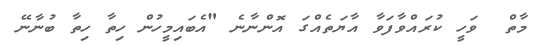
މާތް  ވަހީ ކުރައްވާފަވާ އާޔަތެއްގަ އޮންނާނެ "އެބައިމީހުން ހިތާ ހިތާ ބުނާނޭ